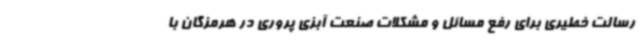
رسالت خطیری برای رفع مسائل و مشکلات صنعت آبزی پروری در هرمزگان با